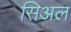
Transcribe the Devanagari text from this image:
सिअल